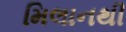
મિલાનથી